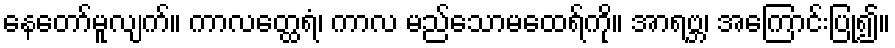
နေတော်မူလျက်။ ကာလတ္ထေရံ၊ ကာလ မည်သောမထေရ်ကို။ အာရဗ္ဘ၊ အကြောင်းပြု၍။